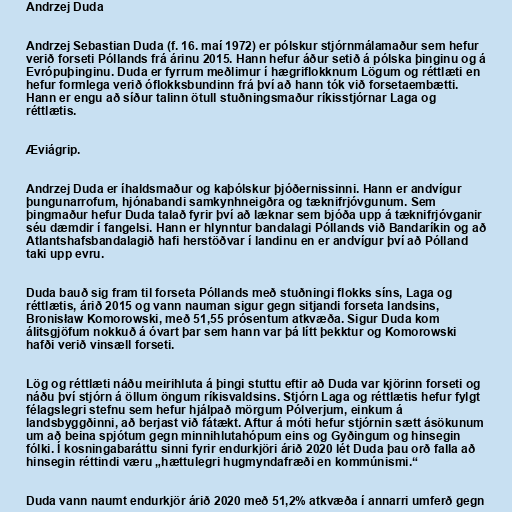
Andrzej Duda

Andrzej Sebastian Duda (f. 16. maí 1972) er pólskur stjórnmálamaður sem hefur
verið forseti Póllands frá árinu 2015. Hann hefur áður setið á pólska þinginu og á
Evrópuþinginu. Duda er fyrrum meðlimur í hægriflokknum Lögum og réttlæti en
hefur formlega verið óflokksbundinn frá því að hann tók við forsetaembætti.
Hann er engu að síður talinn ötull stuðningsmaður ríkisstjórnar Laga og
réttlætis.

Æviágrip.

Andrzej Duda er íhaldsmaður og kaþólskur þjóðernissinni. Hann er andvígur
þungunarrofum, hjónabandi samkynhneigðra og tæknifrjóvgunum. Sem
þingmaður hefur Duda talað fyrir því að læknar sem bjóða upp á tæknifrjóvganir
séu dæmdir í fangelsi. Hann er hlynntur bandalagi Póllands við Bandaríkin og að
Atlantshafsbandalagið hafi herstöðvar í landinu en er andvígur því að Pólland
taki upp evru.

Duda bauð sig fram til forseta Póllands með stuðningi flokks síns, Laga og
réttlætis, árið 2015 og vann nauman sigur gegn sitjandi forseta landsins,
Bronisław Komorowski, með 51,55 prósentum atkvæða. Sigur Duda kom
álitsgjöfum nokkuð á óvart þar sem hann var þá lítt þekktur og Komorowski
hafði verið vinsæll forseti.

Lög og réttlæti náðu meirihluta á þingi stuttu eftir að Duda var kjörinn forseti og
náðu því stjórn á öllum öngum ríkisvaldsins. Stjórn Laga og réttlætis hefur fylgt
félagslegri stefnu sem hefur hjálpað mörgum Pólverjum, einkum á
landsbyggðinni, að berjast við fátækt. Aftur á móti hefur stjórnin sætt ásökunum
um að beina spjótum gegn minnihlutahópum eins og Gyðingum og hinsegin
fólki. Í kosningabaráttu sinni fyrir endurkjöri árið 2020 lét Duda þau orð falla að
hinsegin réttindi væru „hættulegri hugmyndafræði en kommúnismi.“

Duda vann naumt endurkjör árið 2020 með 51,2% atkvæða í annarri umferð gegn